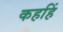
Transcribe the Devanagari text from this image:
कहहिं